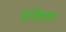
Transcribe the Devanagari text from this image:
रांगेवरच